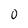
Character: O